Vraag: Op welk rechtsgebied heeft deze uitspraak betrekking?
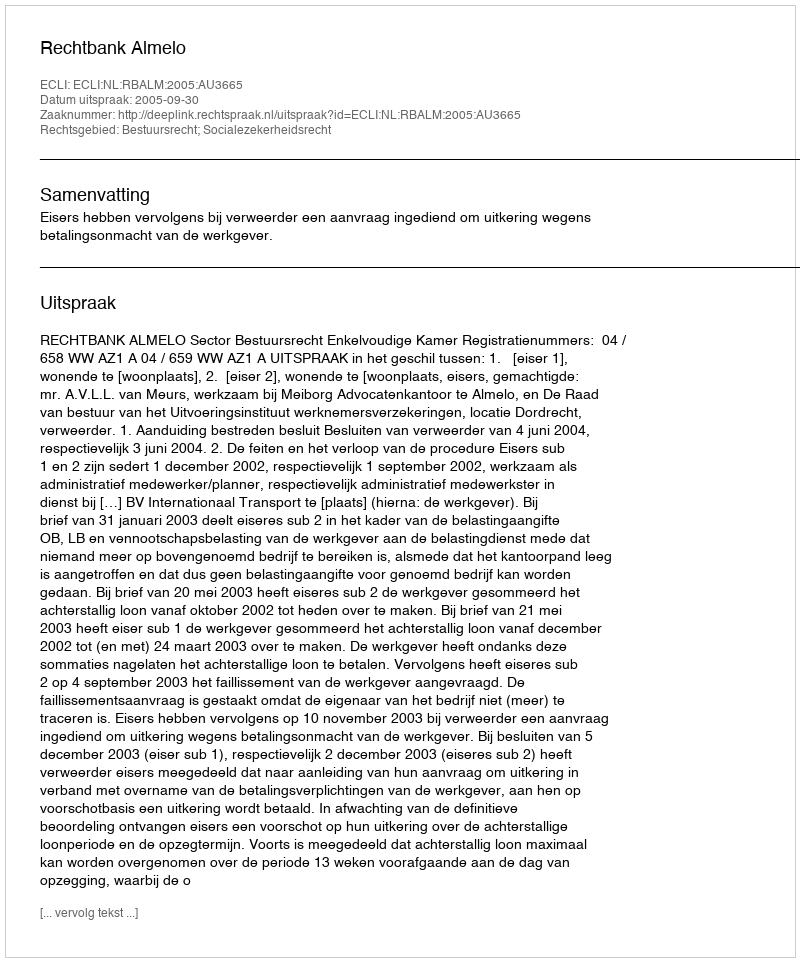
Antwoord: Bestuursrecht; Socialezekerheidsrecht